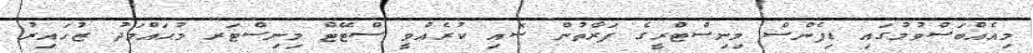
މިއެއްބަސްވުމުގައި ޑިފެންސް މިނިސްޓްރީގެ ފަރާތުން ސޮއި ކުރެއްވީ ސްޓޭޓް މިނިސްޓަރ މުޙައްމަދު ޒުހައިރު